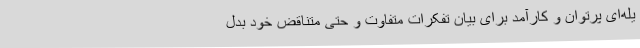
یله‌ای پرتوان و کارآمد برای بیان تفکرات متفاوت و حتی متناقض خود بدل